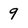
Character: 9